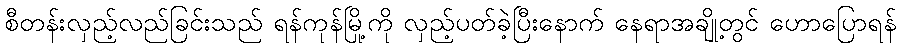
စီတန်းလှည့်လည်ခြင်းသည် ရန်ကုန်မြို့ကို လှည့်ပတ်ခဲ့ပြီးနောက် နေရာအချို့တွင် ဟောပြောရန်